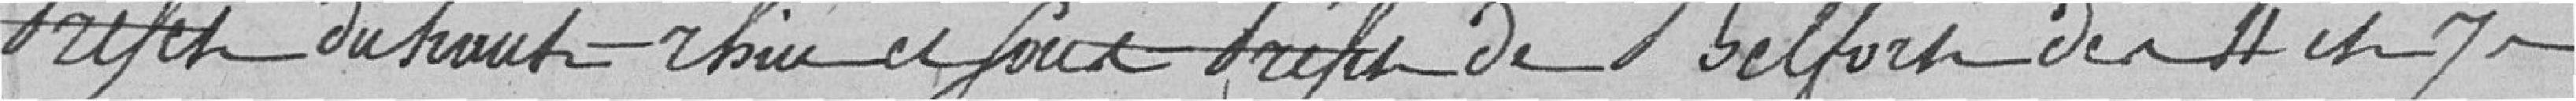
Préfet du haut-rhin et Sous Préfet de Belfort des 4 et 7